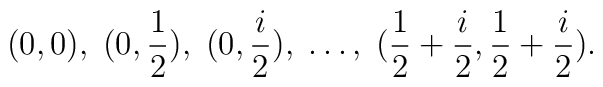
(0,0),\;(0,\frac{1}{2}),\;(0,\frac{i}{2}),\;\ldots,\;(\frac{1}{2}+\frac{i}{2},\frac{1}{2}+\frac{i}{2}).